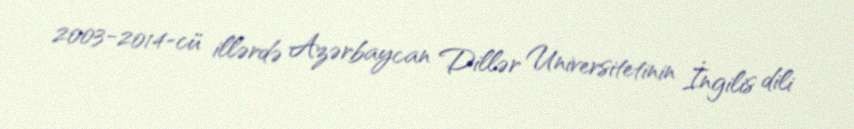
2003-2014-cü illərdə Azərbaycan Dillər Universitetinin İngilis dili